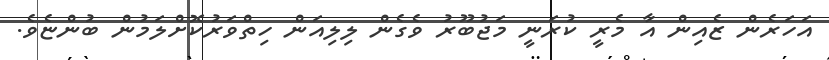
އަހަރެން ޒެއިން އާ މެރީ ކުރަނީ މަޖުބޫރު ވެގެން ލިލިއަން ހިތްވަރުކޮށްލަމުން ބުންޏެވެ.